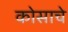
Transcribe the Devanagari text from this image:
कोसाचे